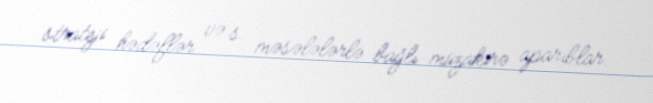
strateji hədəflər və s. məsələlərlə bağlı müzakirə aparıblar.